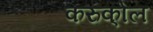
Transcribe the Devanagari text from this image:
करुको्ल